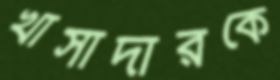
খাসাদারকে